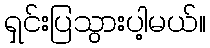
ရှင်းပြသွားပါ့မယ်။